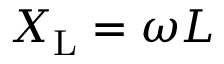
X _ { \mathrm { L } } = \omega L